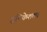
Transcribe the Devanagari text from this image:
हृषिकेशला